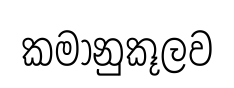
කමානුකූලව